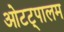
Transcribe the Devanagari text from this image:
ओटट्पालम